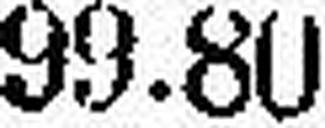
99.80